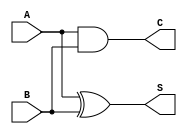
module HalfAdder(A, B, S, C);
  input A, B;
  output S, C;
  //(Sada, Entrada1, Entrada2)
  xor(S,A,B);
  and(C,A,B);

endmodule